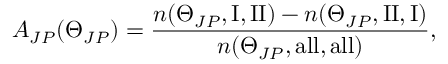
A _ { J P } ( \Theta _ { J P } ) = \frac { n ( \Theta _ { J P } , \mathrm { I , I I } ) - n ( \Theta _ { J P } , \mathrm { I I , I } ) } { n ( \Theta _ { J P } , \mathrm { a l l , a l l } ) } ,